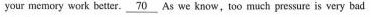
your memory work betier. \underline70 As we know,too much pressure is very bad